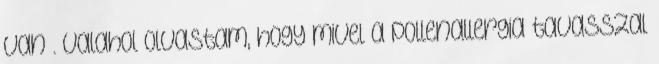
van . Valahol olvastam, hogy mivel a pollenallergia tavasszal